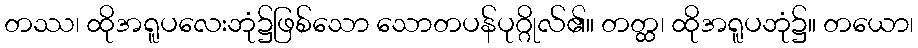
တဿ၊ ထိုအရူပလေးဘုံ၌ဖြစ်သော သောတပန်ပုဂ္ဂိုလ်၏။ တတ္ထ၊ ထိုအရူပဘုံ၌။ တယော၊